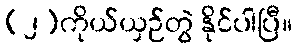
(၂)ကိုယ်ယှဉ်တွဲ နိုင်ပါပြီ။